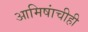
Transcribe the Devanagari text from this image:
आमिषांचीही